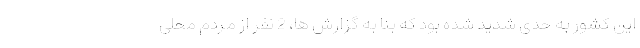
این کشور به حدی شدید شده بود که بنا به گزارش ها، 2 نفر از مردم محلی